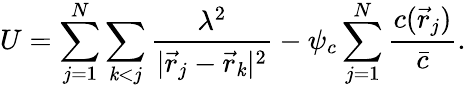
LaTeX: U=\sum_{j=1}^{N}\sum_{\mathit{k}<j}\frac{{\lambda^{2}}}{{|\vec{{r}}_{j}-\vec{{r}}_{\mathit{k}}|^{2}}}-\psi_{c}\sum_{j=1}^{N}\frac{{c(\vec{{r}}_{j})}}{{\bar{{c}}}}.